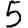
Digit: 5